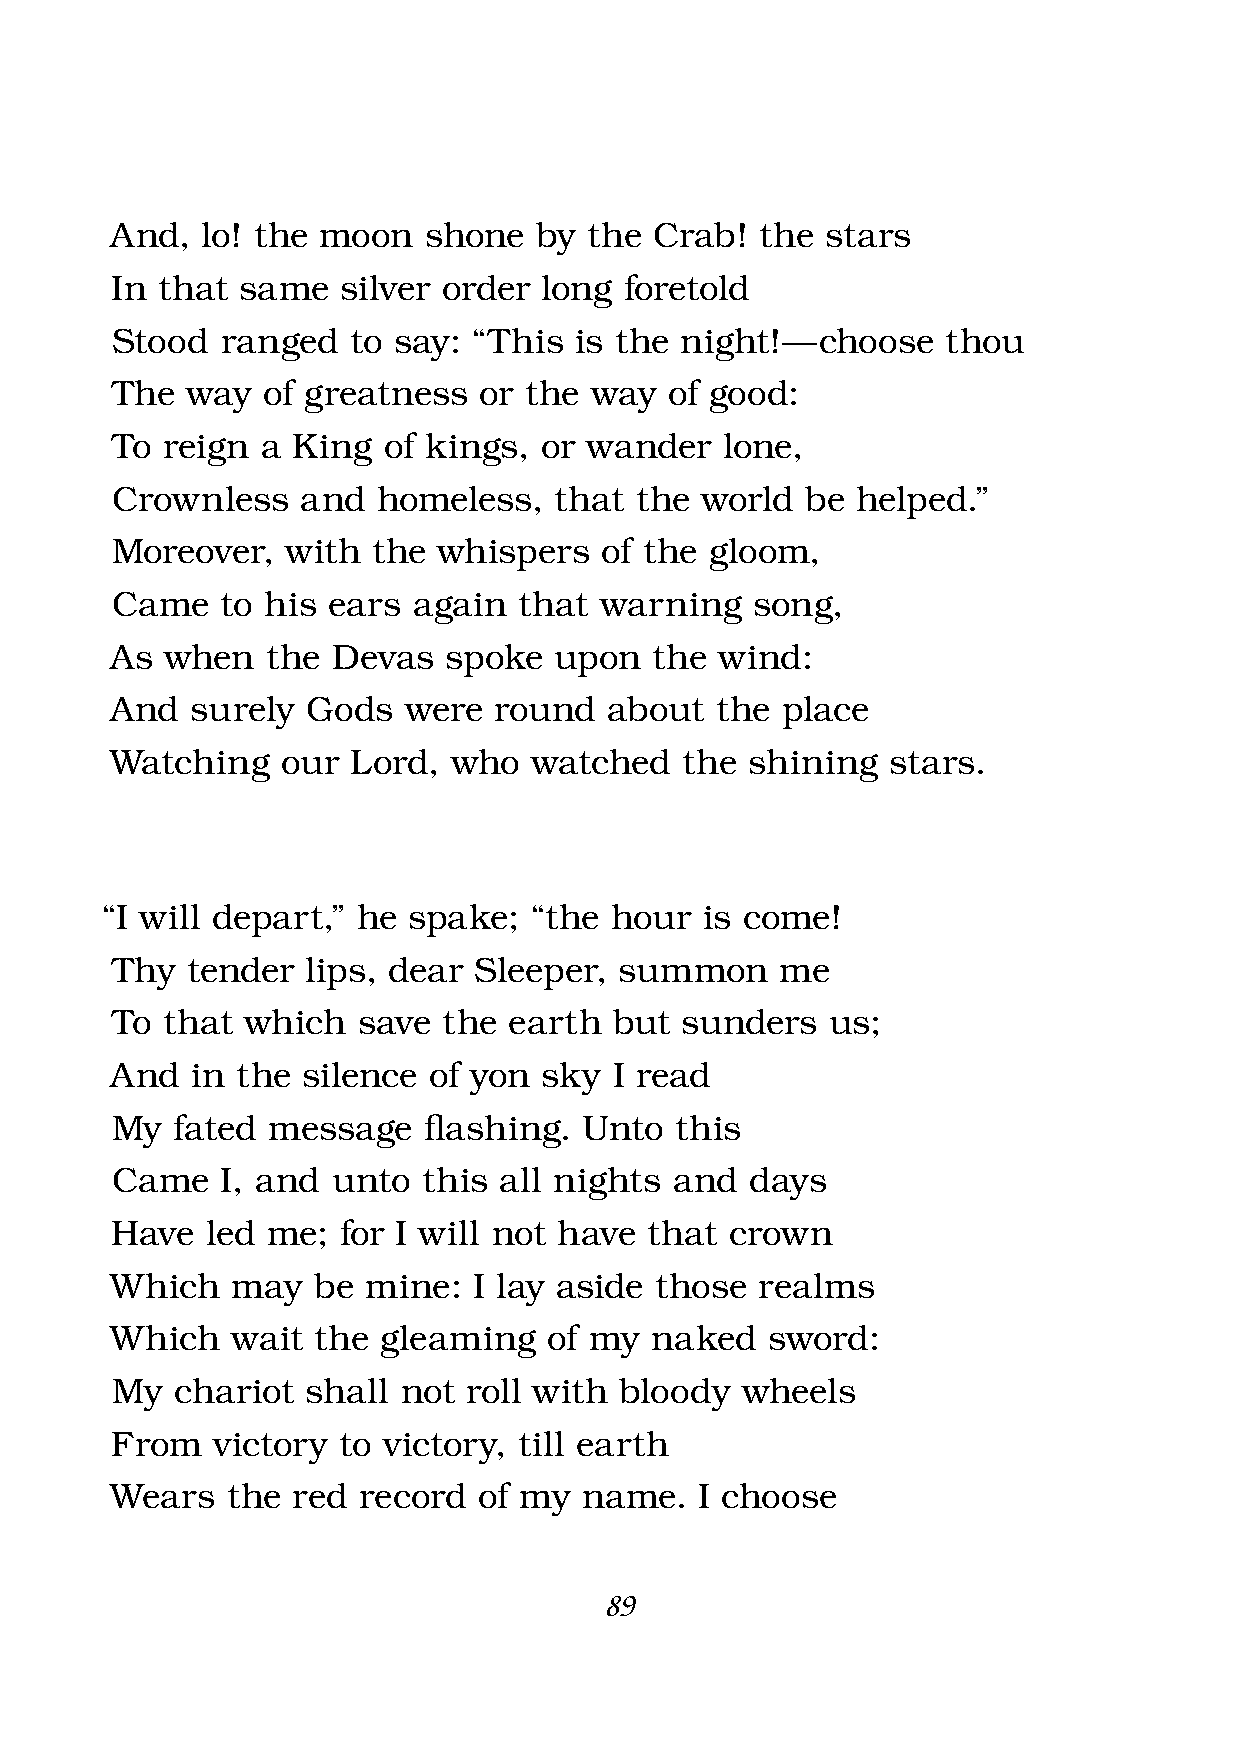
And,  lo! the moon   shone  by  the Crab!  the  stars
 In that  same   silver order long foretold
 Stood   ranged  to say: “This  is the night! — choose   thou
 The  way  of greatness   or the way  of good:
 To  reign a King  of kings,  or wander   lone,
 Crownless    and  homeless,   that the world  be  helped.”
 Moreover,   with  the whispers   of the gloom,
 Came    to his ears again  that  warning   song,
 As  when   the Devas   spoke  upon  the  wind:
 And   surely Gods   were  round  about  the  place
 Watching    our Lord,  who  watched   the  shining  stars.
 “I will depart,” he spake;  “the hour   is come!
 Thy  tender  lips, dear Sleeper,  summon     me
 To  that which   save the  earth  but sunders   us;
 And   in the silence of yon  sky  I read
 My   fated message   fl ashing. Unto  this
 Came    I, and unto  this all nights  and  days
 Have   led me; for I will not have  that crown
 Which   may   be mine:  I lay aside those  realms
 Which   wait  the gleaming   of my  naked   sword:
 My   chariot shall  not roll with bloody  wheels
 From   victory to victory, till earth
 Wears   the red  record  of my  name.  I choose
 89